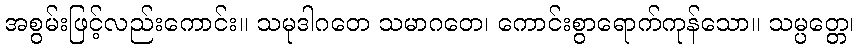
အစွမ်းဖြင့်လည်းကောင်း။ သမုဒါဂတေ သမာဂတေ၊ ကောင်းစွာရောက်ကုန်သော။ သမ္ပတ္တေ၊